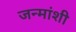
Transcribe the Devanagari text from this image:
जन्मांशी